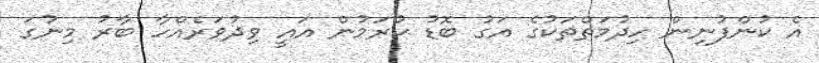
އެ ކުންފުނިން ހިދުމަތްތަކުގެ އަގު ބޮޑު ކުރަމުން އައީ ވިދުވަރެއްހާ ބާރު މިނުގަ